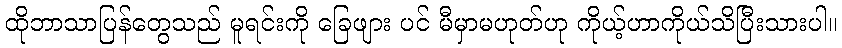
ထိုဘာသာပြန်တွေသည် မူရင်းကို ခြေဖျား ပင် မီမှာမဟုတ်ဟု ကိုယ့်ဟာကိုယ်သိပြီးသားပါ။